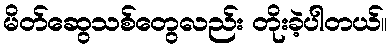
မိတ်ဆွေသစ်တွေလည်း တိုးခဲ့ပါတယ်။